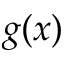
g ( x )